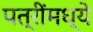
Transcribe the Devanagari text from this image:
पत्रींमध्ये